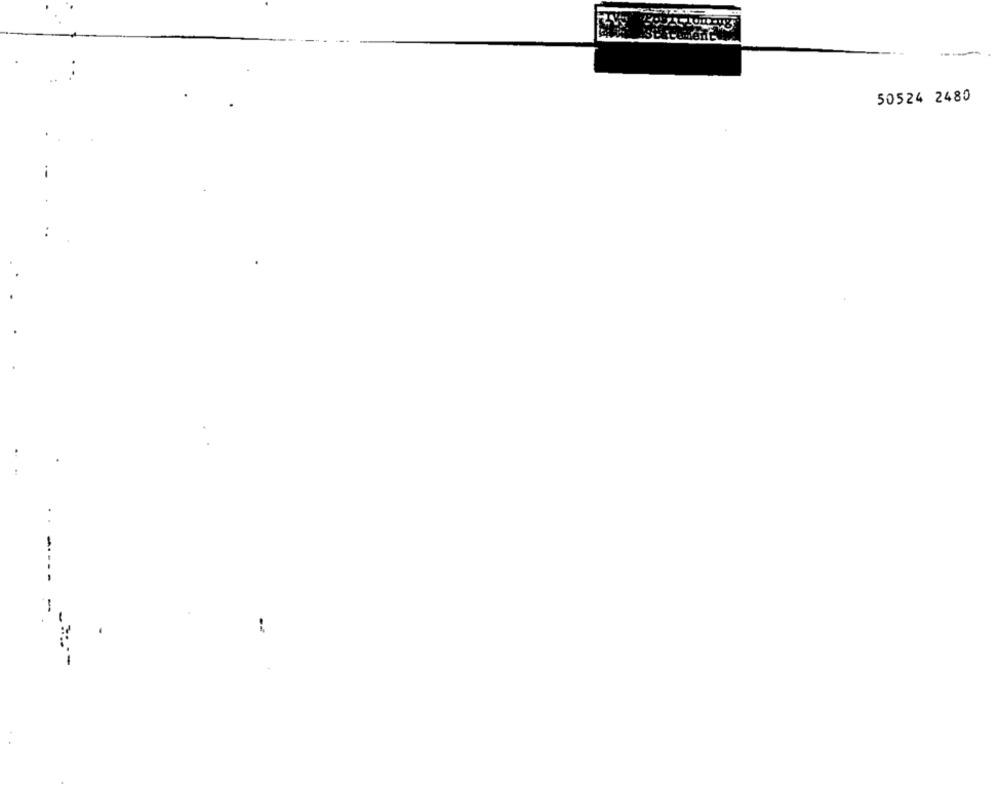
50524 2480